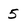
Character: 5